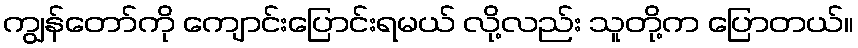
ကျွန်တော်ကို ကျောင်းပြောင်းရမယ် လို့လည်း သူတို့က ပြောတယ်။